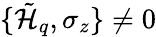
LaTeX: \{ \tilde{\mathcal{H}}_{q},\sigma_{z}\} \neq 0